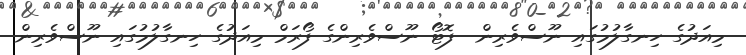
މިއަދުގެ ހިނގާލުމުގައި ނޫސްވެރިން  ފޮޓޯ ނޫސްވެރިންގެ ފޯރަމް މިއަދުގެ ހިނގާލުމުގައި ނޫސްވެރިން